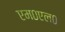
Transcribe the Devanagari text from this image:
एम०एल०